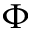
\Phi